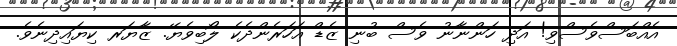
އެއްބަސްވެސްވި! އަދި ހަންނާނު ވެސް ބުނި ޒެޑް އަހަރެންދެކެ ލޯބިވެޔޭ. ޒާޔަރ ކިޔައިދިނެވެ.